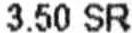
3.50 SR